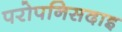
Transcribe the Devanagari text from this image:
परोपनिसदाइ